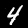
Digit: 4